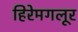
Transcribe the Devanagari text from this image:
हिरेमगलूर